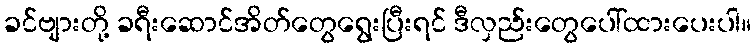
ခင်ဗျားတို့ ခရီးဆောင်အိတ်တွေရွေးပြီးရင် ဒီလှည်းတွေပေါ်ထားပေးပါ။